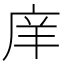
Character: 庠